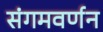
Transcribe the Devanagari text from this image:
संगमवर्णन